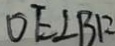
O E \bot B F